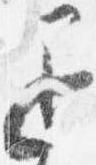
退